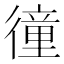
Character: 徸